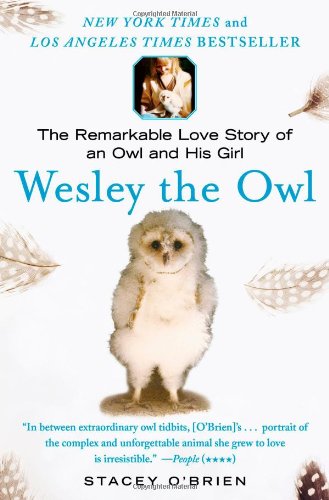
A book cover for Wesley the Owl: The Remarkable Love Story of an Owl and His Girl; Stacey O'Brien; Science & Math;